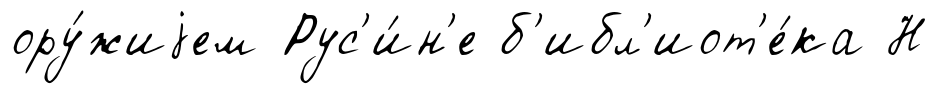
ору́жиjем Рус'и́н'е б'ибл'иот'е́ка Н